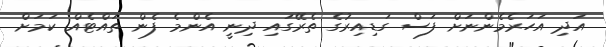
އަދި އަހަރެމެންނަށް ފަސް ގަޑިއިރުގެ ތެރޭގައި ދިނީ އެންމެ ފެން ތައްޓެއް ކަމަށް